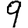
Digit: 9